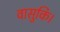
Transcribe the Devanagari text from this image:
वासुकि।